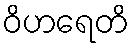
ဝိဟရေတိ